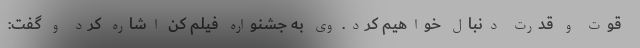
قوت و قدرت دنبال خواهیم کرد. وی به جشنواره فیلم کن اشاره کرد و گفت: